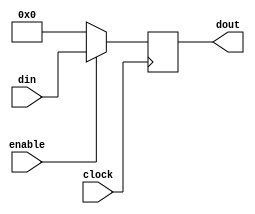
`timescale 1ns / 1ps
//////////////////////////////////////////////////////////////////////////////////
// Company: 
// Engineer: 
// 
// Design Name: 
// Module Name:    register 
// Project Name: 
// Target Devices: 
// Tool versions: 
// Description: 
//
// Dependencies: 
//
// Revision: 
// Revision 0.01 - File Created
// Additional Comments: 
//
//////////////////////////////////////////////////////////////////////////////////
module register(
input clock, 
input [6:0] din,
input enable, 
output reg [6:0] dout
    );

initial 
	begin 
	dout = 7'b0000000;
	end 
	
always @ (posedge clock )
	begin
		if(enable)
			dout = din;
		else 
			dout = 7'b0000000;
	end	
	
endmodule